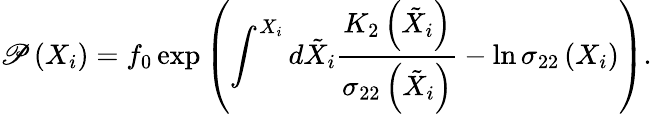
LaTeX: \mathscr{P}\left(X_{i}\right)=f_{0}\exp{\left(\int^{X_{i}}d\tilde{{X}}_{i}\frac{{K_{2}\left(\tilde{{X}}_{i}\right)}}{{\sigma_{22}\left(\tilde{{X}}_{i}\right)}}-\ln\sigma_{22}\left(X_{i}\right)\right)}.